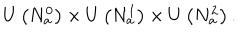
LaTeX: U \left( N _ { a } ^ { 0 } \right) \times U \left( N _ { a } ^ { 1 } \right) \times U \left( N _ { a } ^ { 2 } \right) .